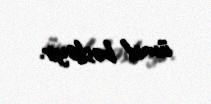
ümid bəsləyir.